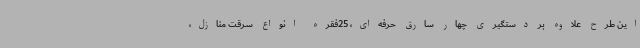
این طرح علاوه بر دستگیری چهار سارق حرفه‌ای، 25فقره انواع سرقت منازل،